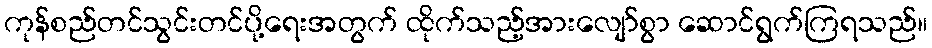
ကုန်စည်တင်သွင်းတင်ပို့ရေးအတွက် ထိုက်သည့်အားလျော်စွာ ဆောင်ရွက်ကြရသည်။